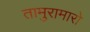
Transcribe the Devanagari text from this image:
तामुरामारो